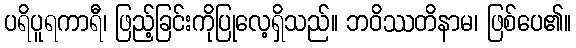
ပရိပူရကာရီ၊ ဖြည့်ခြင်းကိုပြုလေ့ရှိသည်။ ဘဝိဿတိနာမ၊ ဖြစ်ပေ၏။